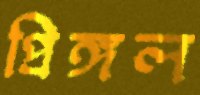
প্রিঙ্গল